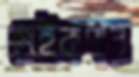
দেইকপার